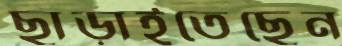
ছাড়াইতেছেন